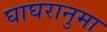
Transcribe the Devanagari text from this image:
घाघरानुमा